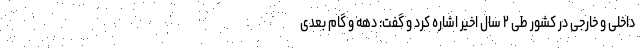
داخلی و خارجی در کشور طی ۲ سال اخیر اشاره کرد و گفت: دهه و گام بعدی